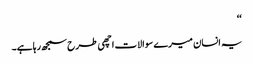
‘‘
یہ انسان میرے سوالات اچھی طرح سمجھ رہا ہے۔